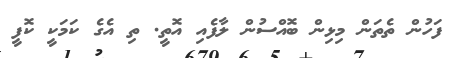
ފަހުން ތެތަން މިޅިން ބޮއްސުން ލާފެއި އޮތީ. ތި އެގެ ކަމަކީ ކޮފީ